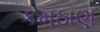
કમઠાણ